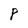
Character: P